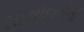
સાથીદારોની